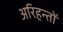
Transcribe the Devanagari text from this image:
अरिहन्तों